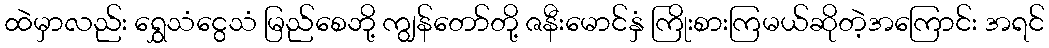
ထဲမှာလည်း ရွှေသံငွေသံ မြည်စေဘို့ ကျွန်တော်တို့ ဇနီးမောင်နှံ ကြိုးစားကြမယ်ဆိုတဲ့အကြောင်း အရင်